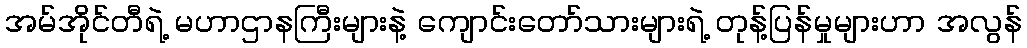
အမ်အိုင်တီရဲ့ မဟာဌာနကြီးများနဲ့ ကျောင်းတော်သားများရဲ့ တုန့်ပြန်မှုများဟာ အလွန်